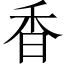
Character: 香